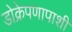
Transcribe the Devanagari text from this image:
डोक्रेपणापाशी